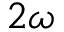
2 \omega